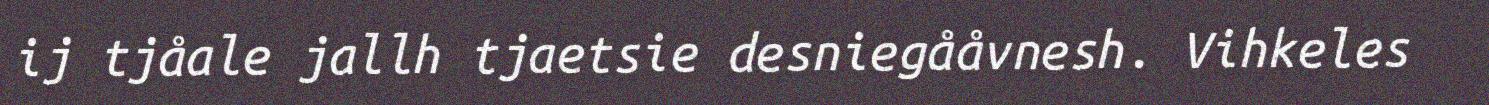
ij tjåale jallh tjaetsie desniegååvnesh. Vihkeles